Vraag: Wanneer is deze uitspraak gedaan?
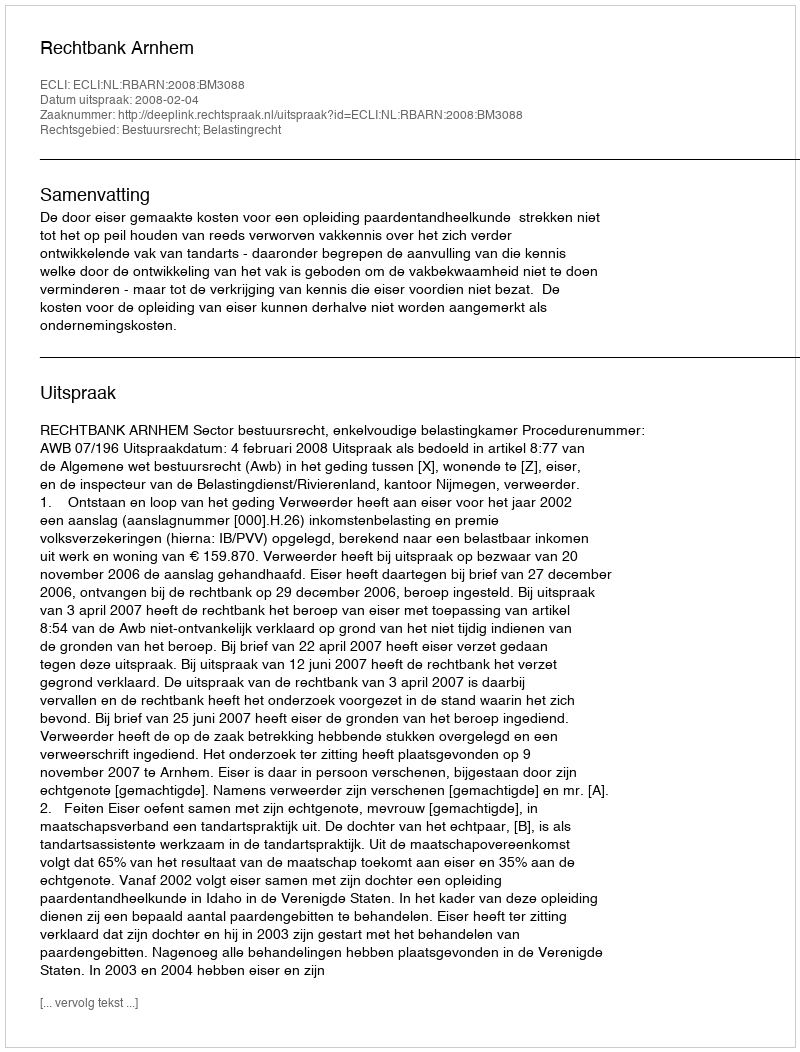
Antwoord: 2008-02-04